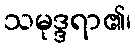
သမုဒ္ဒရာ၏၊